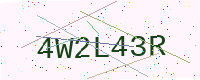
Text: 4W2L43R